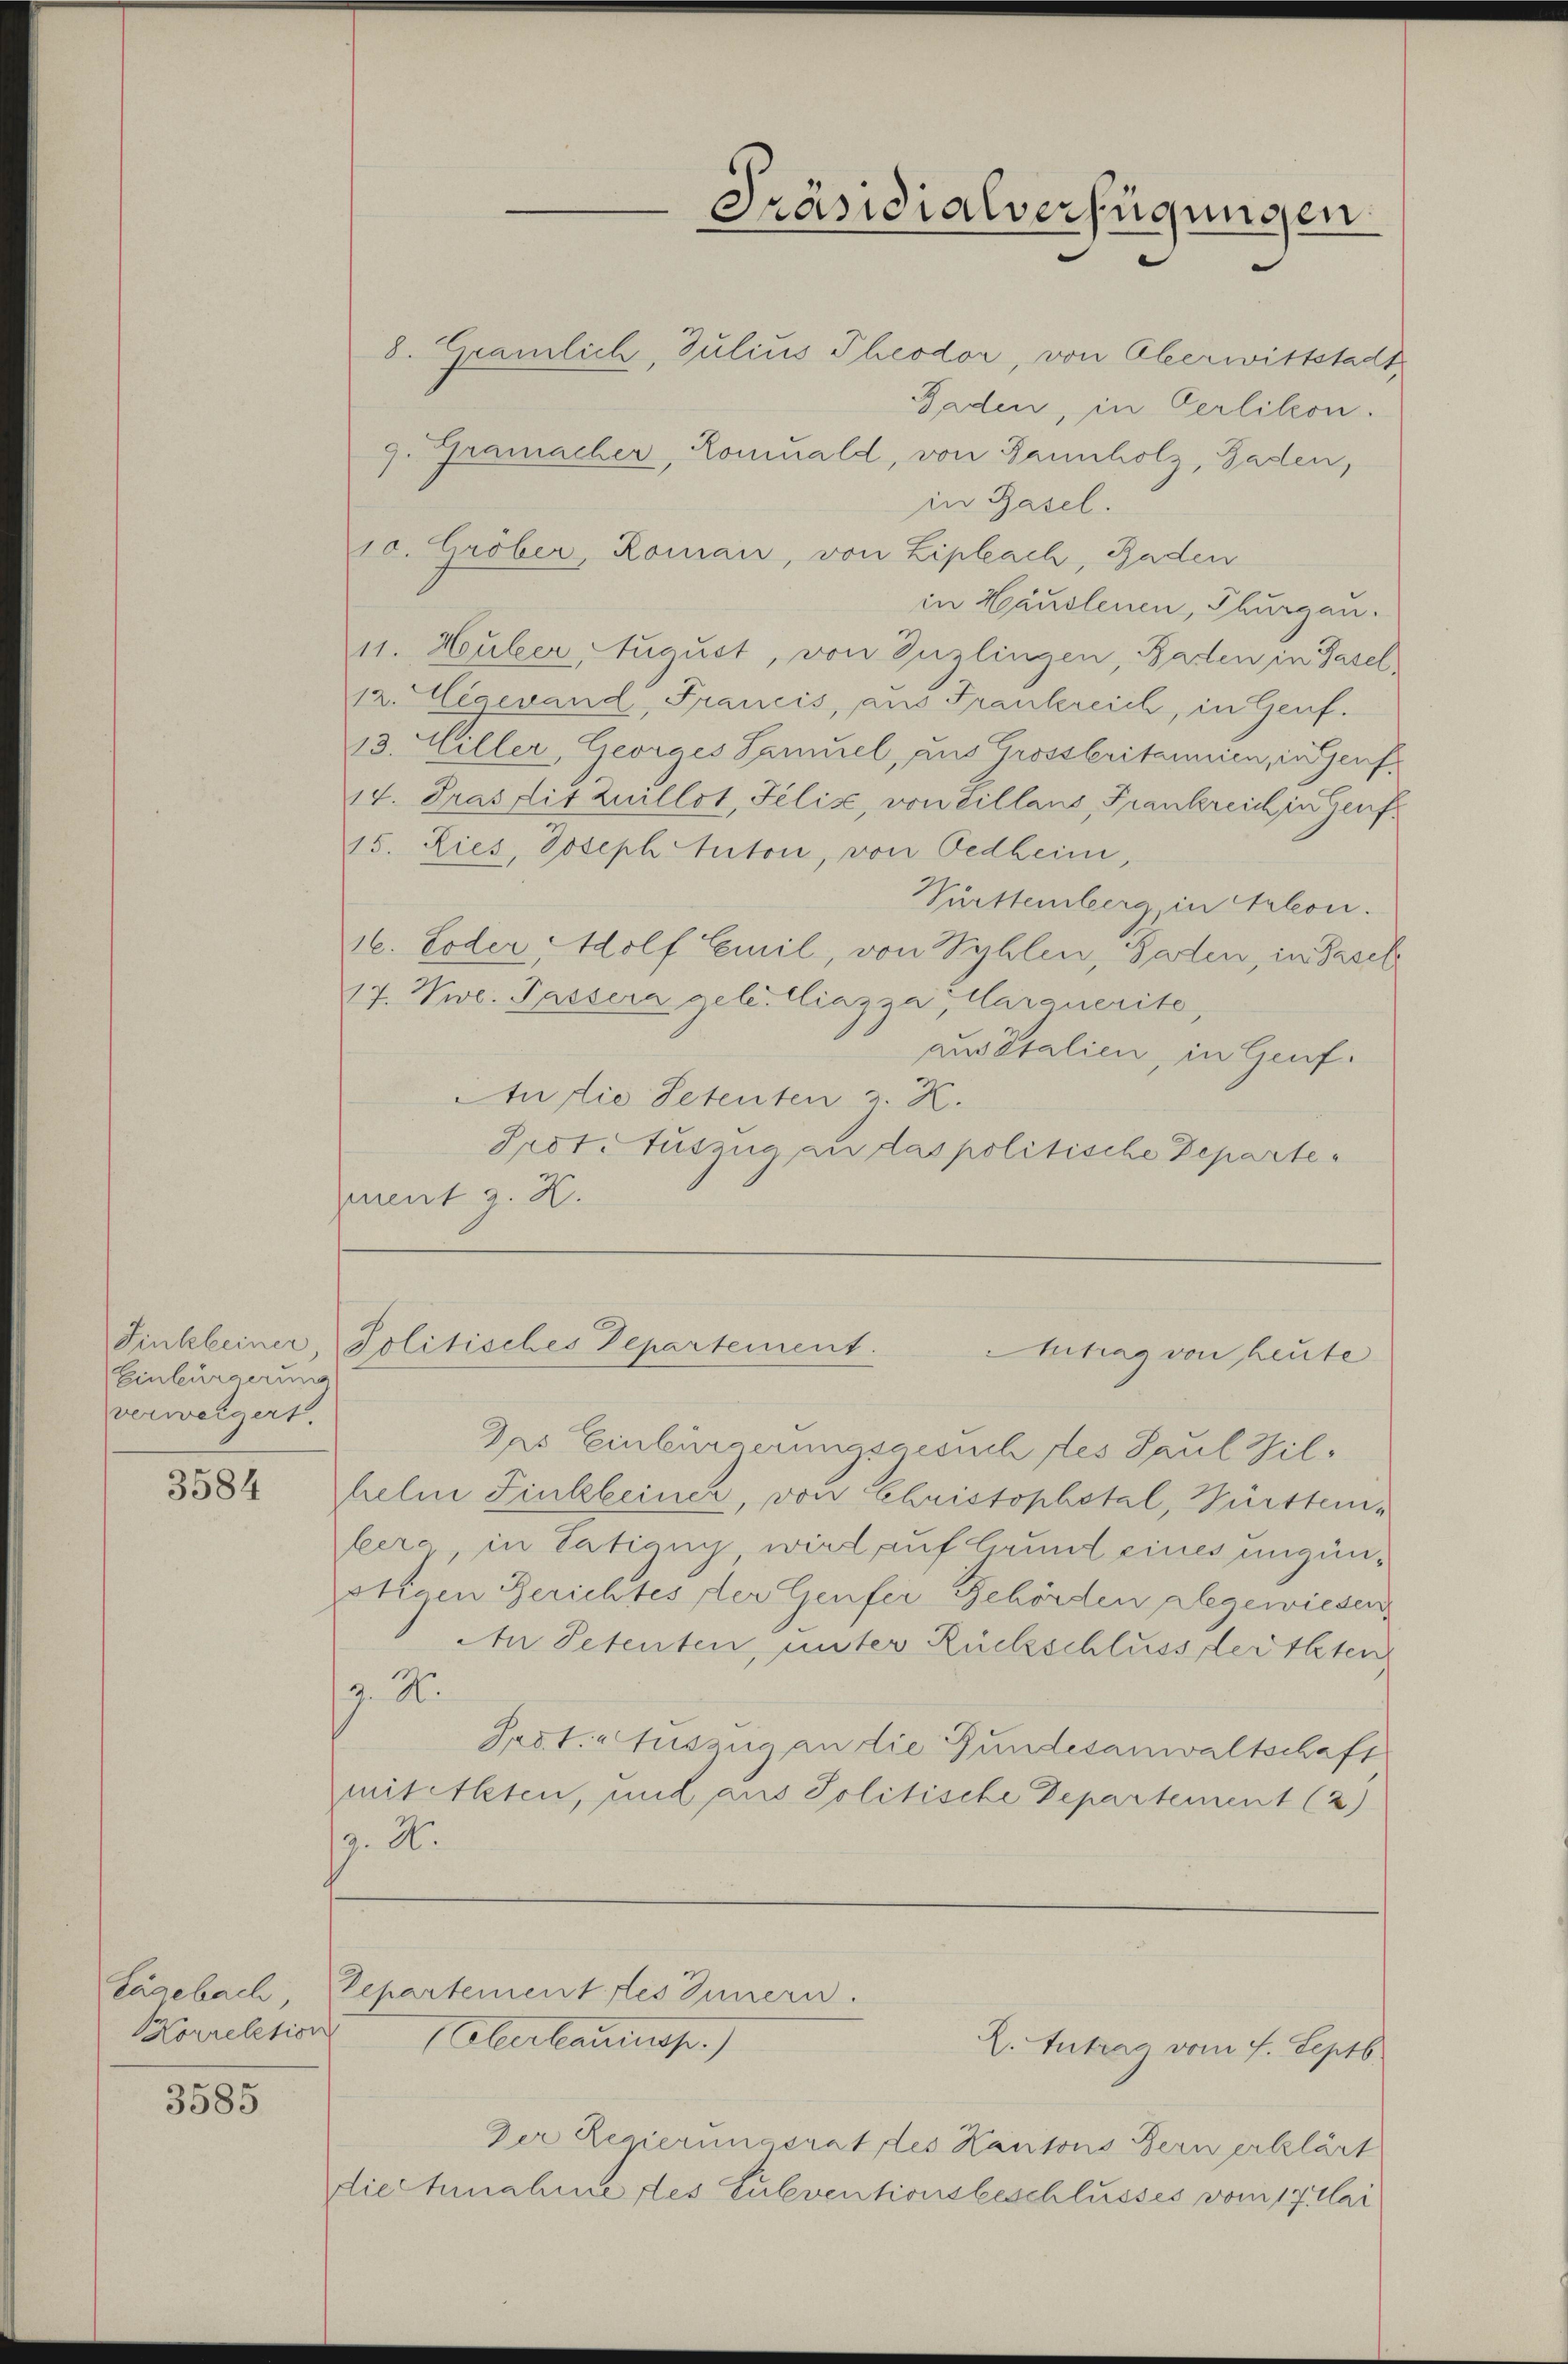
Einbürgerung
verweigert.

3584

Lägebach,

3585

8. Gramlich, Julius Theodor, von Oberwittstadt
9. Gramacher, Romuald, von Bannholz, Baden,
in Basel.
10. Gröber Roman, von Liplach, Baden
in Häuslenen, Thurgau.
11. Huber, August, von Tuzlingen, Baden in Basel
12. Eigewand, Francis, aus Frankreich, in Genf.
13. Willer, Georges Samuel, aus Grossbritannien, in Genf
14. Gras dit Zuillot, Felis, von Tillans, Frankreich in Genf
15. Lies, Joseph Anton, von Oedheim,
Vürttemberg in Arleon.
16. Soder, Wolf Emil, von Vyhlen, Baden, in Basel
17. Wwe. Passera gele. Ciazza, Carquerite,
aus Italien, in Genf.
An die Petenten z. R.
Prot. Auszug an das politische Departegment z. K.

Finkleiner, Politisches Departement.
Aitrag von heute

Das Einbürgerungsgesuch des Paul Hilhelm Sinkleiner, von Christophstal, Württemlere in Tätigny, wird auf Grund eines ungünpotiven Berichtes der Genfer Behörden abgewiesen,
An Petenten, unter Rückschluss der Iten
z. R.
Jast. Auszug an die Gundesanwaltschaft
mit Alten, und aus Politische Departement (2)
9. X.

Borrektion obertrauensp.)

Departement des Innern.

Präsidialverfügungen.

Gaden, in Oerlikon.

Der Regierungsrat des Kantons Bern erklärt
die Annahme des Subventionsbeschlusses vom 17. Mai

L. Antrag vom 7. Septb.